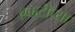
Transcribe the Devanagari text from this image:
एकटीच्या